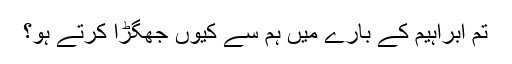
تم ابراہیمؑ کے بارے میں ہم سے کیوں جھگڑا کرتے ہو؟